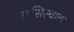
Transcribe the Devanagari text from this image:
कुसिल्वाक